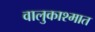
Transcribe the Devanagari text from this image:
वालुकाश्मात